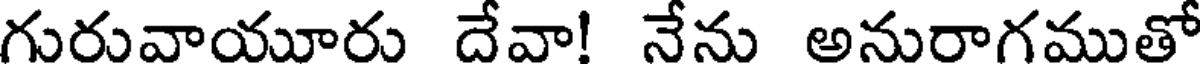
గురువాయూరు దేవా! నేను అనురాగముతో